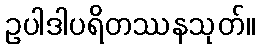
ဥပါဒါပရိတဿနသုတ်။